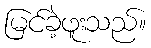
မြင်ခဲ့ဖူးသည်။